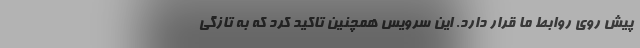
پیش روی روابط ما قرار دارد. این سرویس همچنین تاکید کرد که به تازگی